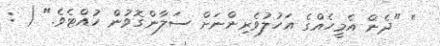
" "ދެން އެމީހެއްގެ އަހުލުވެރިންނަށް ސަލާންގޮވުން ހުއްޓެވެ." ( :